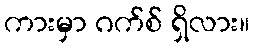
ကားမှာ ဂက်စ် ရှိလား။